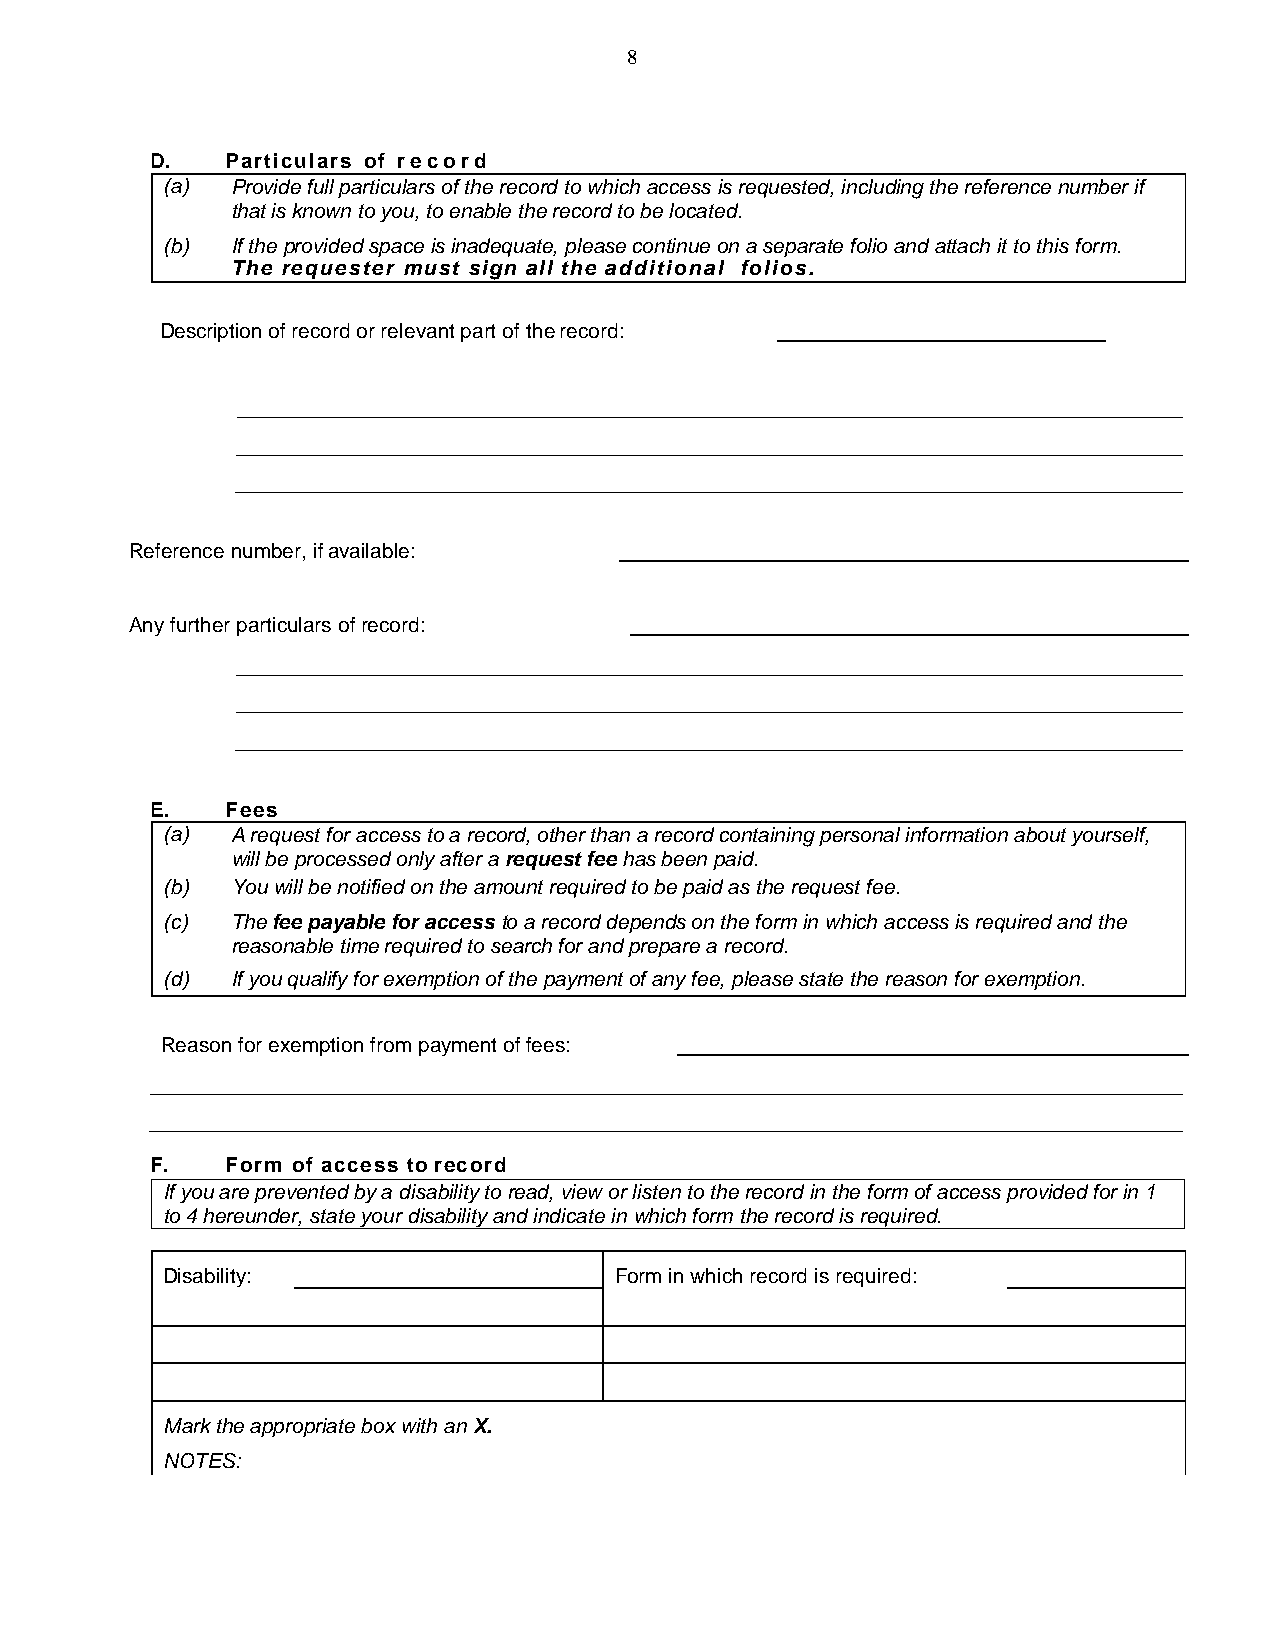
8
 D.   Particulars of record
 (a) Provide full particulars of the record to which access is requested, including the reference number if
 that is known to you, to enable the record to be located.
 (b) If the provided space is inadequate, please continue on a separate folio and attach it to this form.
 The requester must sign all the additional folios.
 Description of record or relevant part of the record:
 Reference number, if available:
 Any further particulars of record:
 E.   Fees
 (a) A request for access to a record, other than a record containing personal information about yourself,
 will be processed only after a request fee has been paid.
 (b) You will be notified on the amount required to be paid as the request fee.
 (c) The fee payable for access to a record depends on the form in which access is required and the
 reasonable time required to search for and prepare a record.
 (d) If you qualify for exemption of the payment of any fee, please state the reason for exemption.
 Reason for exemption from payment of fees:
 F.   Form of access to record
 If you are prevented by a disability to read, view or listen to the record in the form of access provided for in 1
 to 4 hereunder, state your disability and indicate in which form the record is required.
 Disability:                   Form in which record is required:
 Mark the appropriate box with an X.
 NOTES: